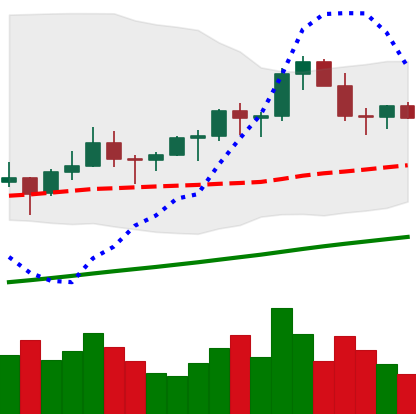
Ticker: LTC-USD
Chart end date: 2021-03-18
Forward return: -6.554%
Label: down_5_7